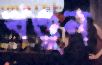
খণ্ডুন